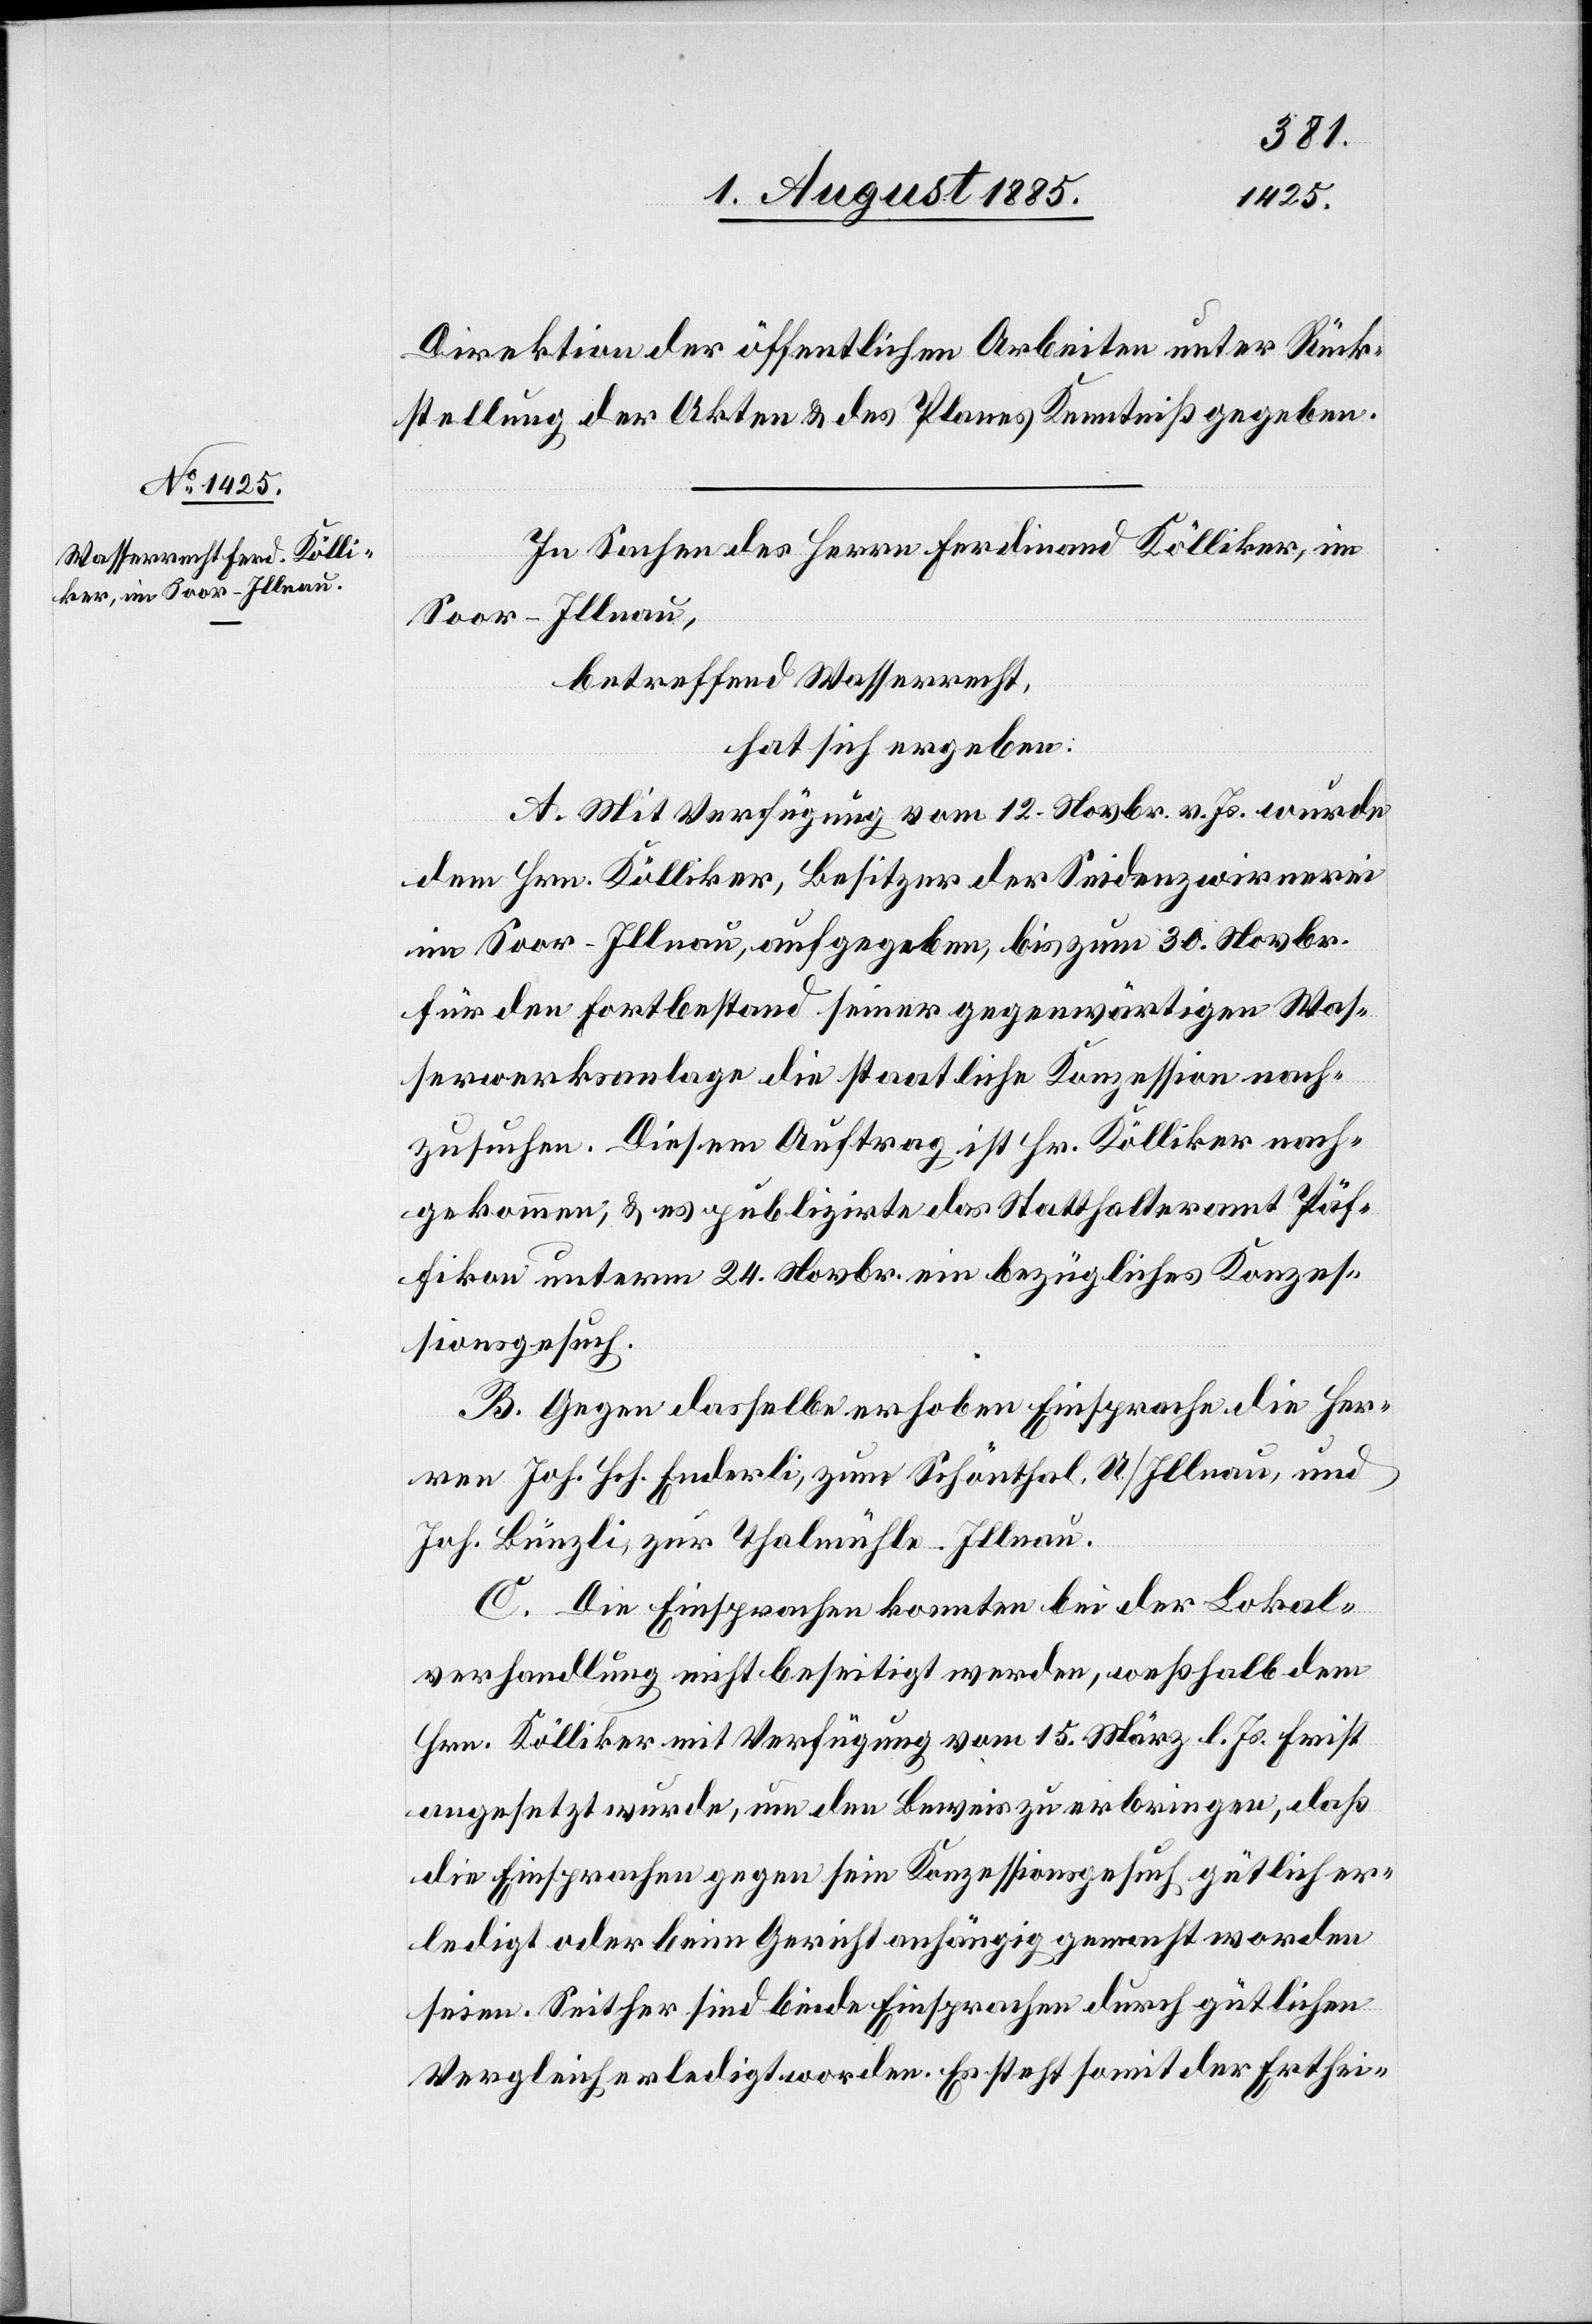
Direktion der öffentlichen Arbeiten unter Rück¬
stellung der Akten & des Planes Kenntniß gegeben.
In Sachen des Herrn Ferdinand Kölliker, im
Soor - Illnau,
betreffend Wasserrecht,
hat sich ergeben:
A. Mit Verfügung vom 12. Novbr. v. Js. wurde
dem Hrn. Kölliker, Besitzer der Seidenzwirnerei
im Soor - Illnau, aufgegeben, bis zum 30. Novbr.
für den Fortbestand seiner gegenwärtigen Was¬
serwerksanlage die staatliche Konzession nach¬
zusuchen. Diesem Auftrag ist Hr. Kölliker nach¬
gekommen, & es publizirte das Statthalteramt Pfäf¬
fikon unterm 24. Novbr. ein bezügliches Konzes¬
sionsgesuch.
B. Gegen dasselbe erhoben Einsprache die Her¬
ren Joh. Hch. Enderli, zum Schönthal, U/Illnau, und
Joh. Bünzli, zur Thalmühle - Illnau.
C. Die Einsprachen konnten bei der Lokal¬
verhandlung nicht beseitigt werden, weßhalb dem
Hrn. Kölliker mit Verfügung vom 15. März l. Js. Frist
angesetzt wurde, um den Beweis zu erbringen, daß
die Einsprachen gegen sein Konzessionsgesuch gütlich er¬
ledigt oder beim Gericht anhängig gemacht worden
sein. Seither sind beide Einsprachen durch gütlichen
Vergleich erledigt worden. Es steht somit der Erthei-